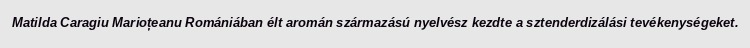
Matilda Caragiu Marioțeanu Romániában élt aromán származású nyelvész kezdte a sztenderdizálási tevékenységeket.